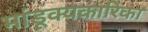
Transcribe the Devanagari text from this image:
मांडूक्यकारिका